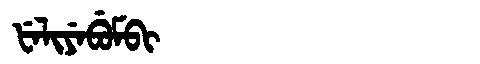
Manchu: ᡶᡝᠯᡳᠶᡝᠪᡠᠮᠪᡳ
Romanization: FELIYEBUMBI